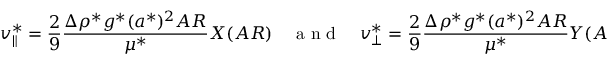
v _ { \parallel } ^ { * } = \frac { 2 } { 9 } \frac { \Delta \rho ^ { * } g ^ { * } ( a ^ { * } ) ^ { 2 } A R } { \mu ^ { * } } X ( A R ) \quad \mathrm { ~ a ~ n ~ d ~ } \quad v _ { \bot } ^ { * } = \frac { 2 } { 9 } \frac { \Delta \rho ^ { * } g ^ { * } ( a ^ { * } ) ^ { 2 } A R } { \mu ^ { * } } Y ( A R )